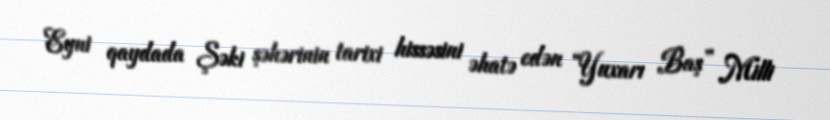
Eyni qaydada Şəki şəhərinin tarixi hissəsini əhatə edən “Yuxarı Baş” Milli